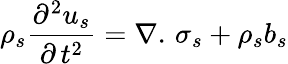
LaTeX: {\rho_{s}}\frac{{{\partial^{2}}u_{s}}}{{\partial\, {t^{2}}}}=\nabla.\, {\sigma_{s}}+{\rho_{s}}{b_{s}}